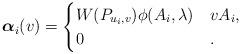
LaTeX: \begin{align*} \boldsymbol{\alpha}_{i}(v)= \begin{cases} W(P_{u_{i},v})\phi(A_{i},\lambda) & vA_{i},\\ 0 & . \end{cases} \end{align*}